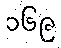
၁၆၉